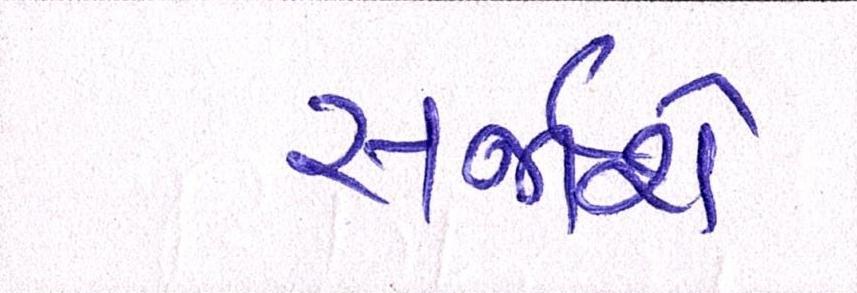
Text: સર્જાશે